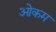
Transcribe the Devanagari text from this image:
ओकम